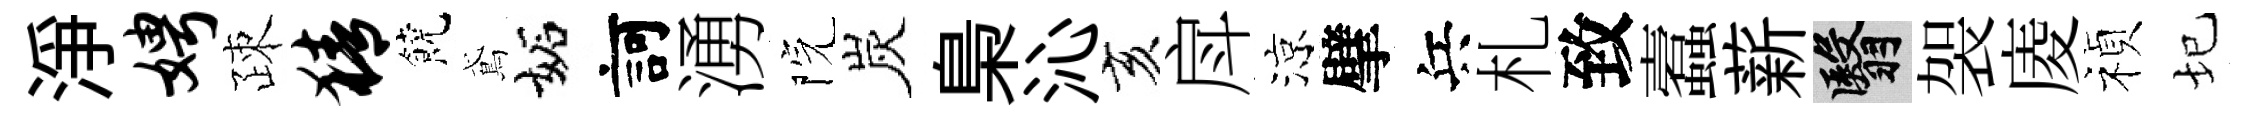
淨娉疎猜饒鳶妬訶湧院炭梟沁亥戽涼擘兵札致蠧薪翳袈庱禎圮